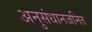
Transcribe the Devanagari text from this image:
अनुसंधानजनित